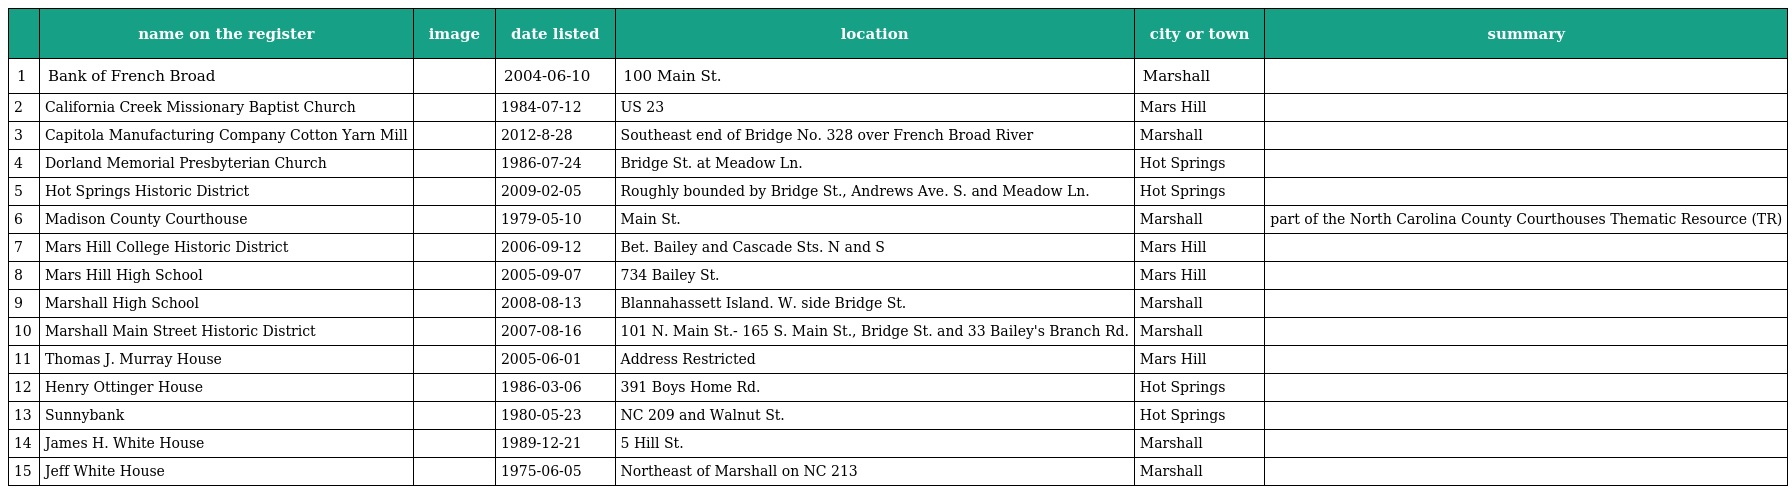
|  | name on the register | image | date listed | location | city or town | summary |
 | --- | --- | --- | --- | --- | --- | --- |
 | 1 | Bank of French Broad |  | 2004-06-10 | 100 Main St. | Marshall |  |
 | 2 | California Creek Missionary Baptist Church |  | 1984-07-12 | US 23 | Mars Hill |  |
 | 3 | Capitola Manufacturing Company Cotton Yarn Mill |  | 2012-8-28 | Southeast end of Bridge No. 328 over French Broad River | Marshall |  |
 | 4 | Dorland Memorial Presbyterian Church |  | 1986-07-24 | Bridge St. at Meadow Ln. | Hot Springs |  |
 | 5 | Hot Springs Historic District |  | 2009-02-05 | Roughly bounded by Bridge St., Andrews Ave. S. and Meadow Ln. | Hot Springs |  |
 | 6 | Madison County Courthouse |  | 1979-05-10 | Main St. | Marshall | part of the North Carolina County Courthouses Thematic Resource (TR) |
 | 7 | Mars Hill College Historic District |  | 2006-09-12 | Bet. Bailey and Cascade Sts. N and S | Mars Hill |  |
 | 8 | Mars Hill High School |  | 2005-09-07 | 734 Bailey St. | Mars Hill |  |
 | 9 | Marshall High School |  | 2008-08-13 | Blannahassett Island. W. side Bridge St. | Marshall |  |
 | 10 | Marshall Main Street Historic District |  | 2007-08-16 | 101 N. Main St.- 165 S. Main St., Bridge St. and 33 Bailey's Branch Rd. | Marshall |  |
 | 11 | Thomas J. Murray House |  | 2005-06-01 | Address Restricted | Mars Hill |  |
 | 12 | Henry Ottinger House |  | 1986-03-06 | 391 Boys Home Rd. | Hot Springs |  |
 | 13 | Sunnybank |  | 1980-05-23 | NC 209 and Walnut St. | Hot Springs |  |
 | 14 | James H. White House |  | 1989-12-21 | 5 Hill St. | Marshall |  |
 | 15 | Jeff White House |  | 1975-06-05 | Northeast of Marshall on NC 213 | Marshall |  |